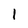
Character: 1